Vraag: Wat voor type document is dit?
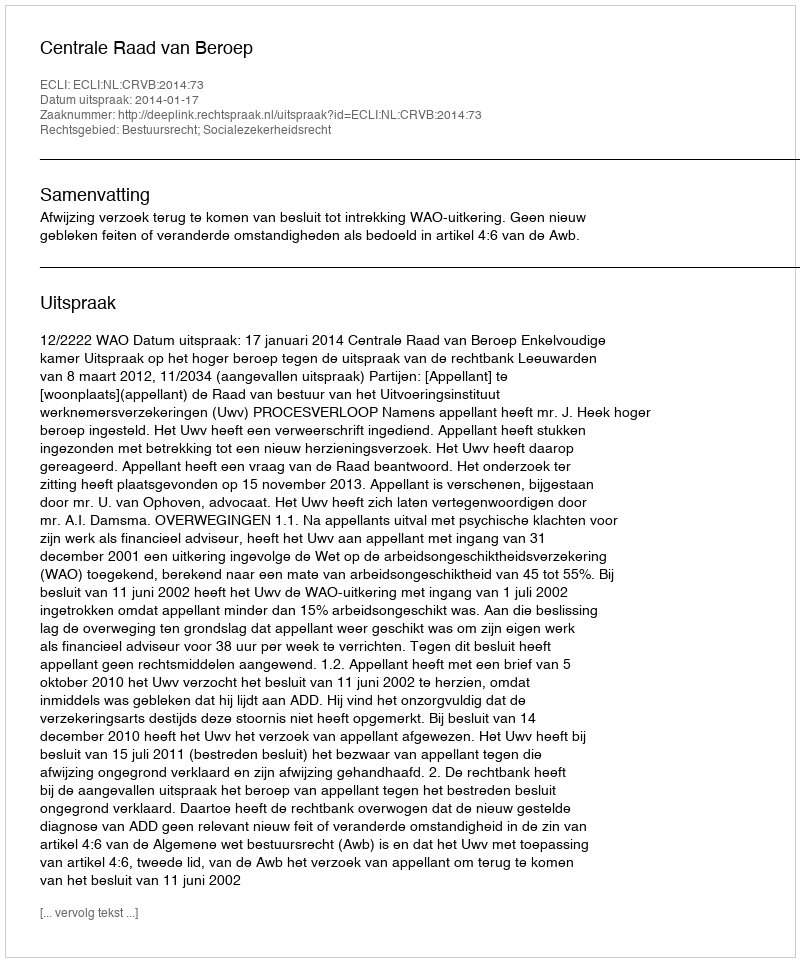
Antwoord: Uitspraak